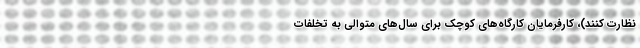
نظارت کنند)، کارفرمایان کارگاه‌های کوچک برای سال‌های متوالی به تخلفات